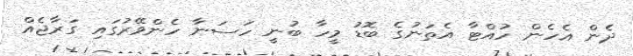
ދެން އެހެން ހުއްޓާ އެތަނުގެ ބޮޑު މީހާ ބުނީ ހަސަނާ ހެންވޭރުގައި ގަރާޖެއް